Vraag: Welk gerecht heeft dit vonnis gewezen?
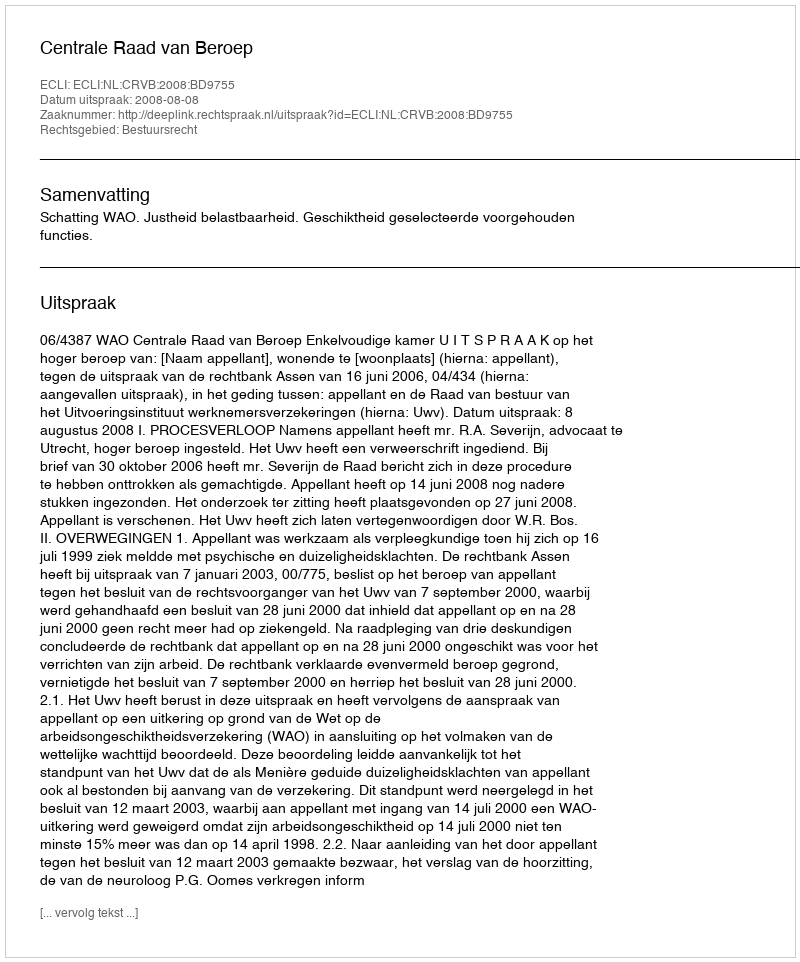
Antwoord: Centrale Raad van Beroep